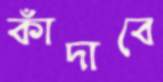
কাঁদাবে